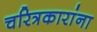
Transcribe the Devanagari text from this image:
चरित्रकारांना